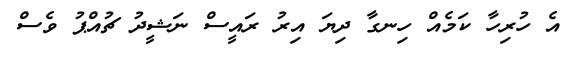
އެ ހުރިހާ ކަމެއް ހިނގާ ދިޔަ އިރު ރައީސް ނަޝީދު ޗުއްޕު ވެސް